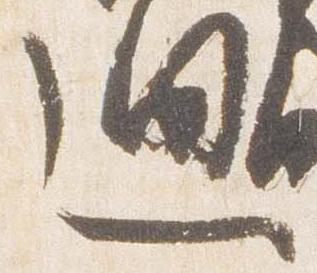
廻